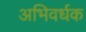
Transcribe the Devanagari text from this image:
अभिवर्धक